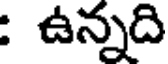
: ఉన్నది